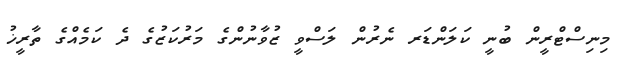
މިނިސްޓްރީން ބުނީ ކަލަންޑަރ ނެރުން ލަސްވީ ޒުވާނުންގެ މަރުކަޒުގެ ދެ ކަމެއްގެ ތާރީޚު